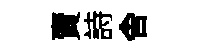
賣詩舍